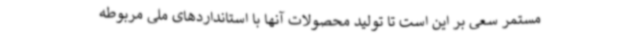
مستمر سعی بر این است تا تولید محصولات آنها با استانداردهای ملی مربوطه